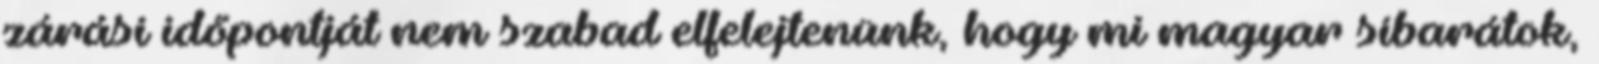
zárási időpontját nem szabad elfelejtenünk, hogy mi magyar síbarátok,